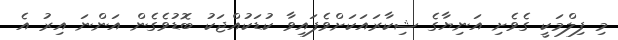
މި ފިލްމަކީ ގެވެށި އަނިޔާގެ ޝިކާރައަކަށްވެފައިވާ ކުޑަކުއްޖަކު ބޮޑުވެގެން އަންނަ އިރު އެ